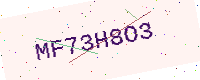
Text: MF73H8O3